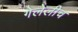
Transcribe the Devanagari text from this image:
गेलेलीच